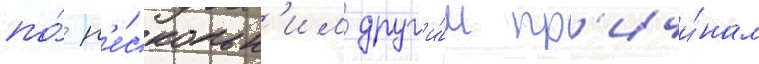
по́ н'е́скольк'им друг'и́м пр'ичи́нам